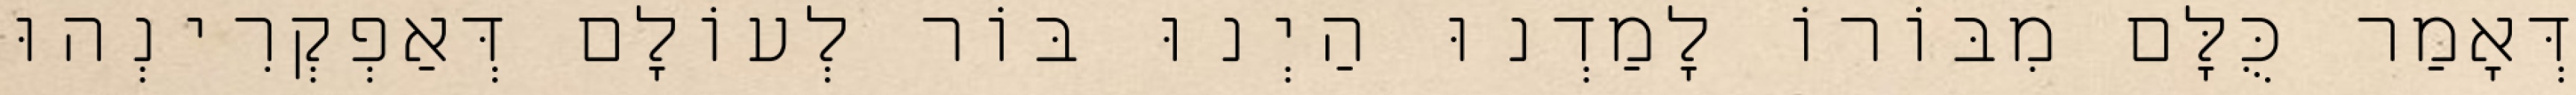
דְּאָמַר כֻּלָּם מִבּוֹרוֹ לָמַדְנוּ הַיְנוּ בּוֹר לְעוֹלָם דְּאַפְקְרִינְהוּ